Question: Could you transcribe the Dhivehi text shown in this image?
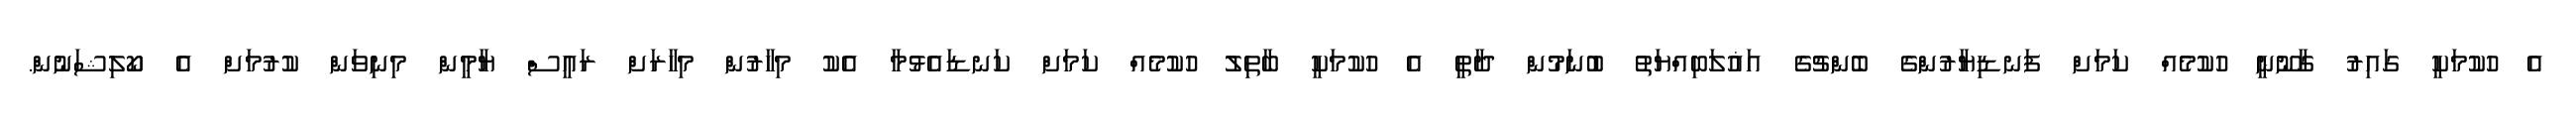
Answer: އެ ހުކުމަކީ ގައިރު ގާނޫނީ ހުކުމެއް ކަމަށް ފަނޑިޔާރުންގެ ބެންޗުގެ އަޣުލަބިއްޔަތު ބުނަމުން ދާތީ އެ ހުކުމަކީ ބާތިލު ހުކުމެއް ކަމަށް ކަނޑައެޅުމާ އެކު މިހާރުން މިހާރަށް ރައީސް ޔާމީން މިނިވަން ކުރުމަށް އެ ކޯލިޝަނުން.